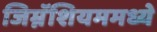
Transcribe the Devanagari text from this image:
जिम्नॅशियममध्ये